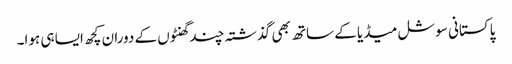
پاکستانی سوشل میڈیا کے ساتھ بھی گذشتہ چند گھنٹوں کے دوران کچھ ایسا ہی ہوا۔